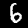
Label: 6